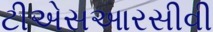
ટીએસઆરસીવી